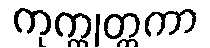
ကုက္ကုတ္ထကာ